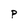
Character: P